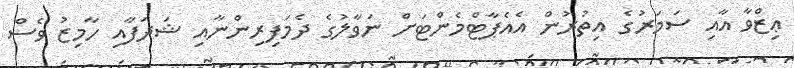
ޢިޒްވާ އާއި ސަމަރުގެ އިތުރުން އެއެޕާޓްމެންޓަށް ނަވާލުގެ ދެމަފިރިންނާއި ޝަދަފާއި ހާމިޒު ވެސް